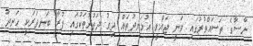
ނާސާގެ ތަސައްވުރުގައި ވަނީ ޖައްވީ އުޅަނދުތައް ދިގު ދަތުރުތަކުގައި ފުރާ ބަނދަރަކީ ހަނދު